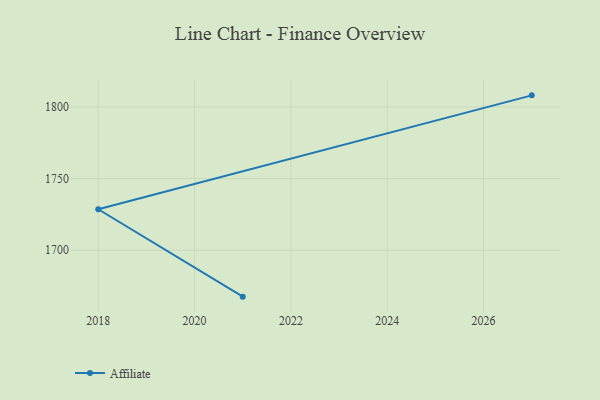
{"axis": {"x": "Year", "y": "Latency (ms)"}, "legend": ["Affiliate"], "data": [{"x": "2021", "y": 1667.6, "type": "Affiliate"}, {"x": "2018", "y": 1728.6, "type": "Affiliate"}, {"x": "2027", "y": 1808.1, "type": "Affiliate"}]}